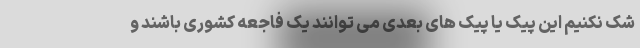
شک نکنیم این پیک یا پیک های بعدی می توانند یک فاجعه کشوری باشند و